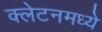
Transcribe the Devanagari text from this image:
क्लेटनमध्ये